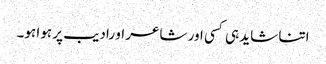
اتنا شاید ہی کسی اور شاعر او رادیب پر ہوا ہو۔